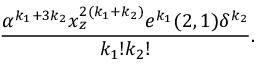
{ \frac { \alpha ^ { k _ { 1 } + 3 k _ { 2 } } x _ { z } ^ { 2 ( k _ { 1 } + k _ { 2 } ) } e ^ { k _ { 1 } } ( 2 , 1 ) \delta ^ { k _ { 2 } } } { k _ { 1 } ! k _ { 2 } ! } } .